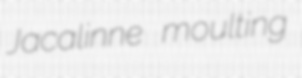
Jacalinne moulting